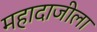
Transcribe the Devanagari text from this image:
महादाजीला